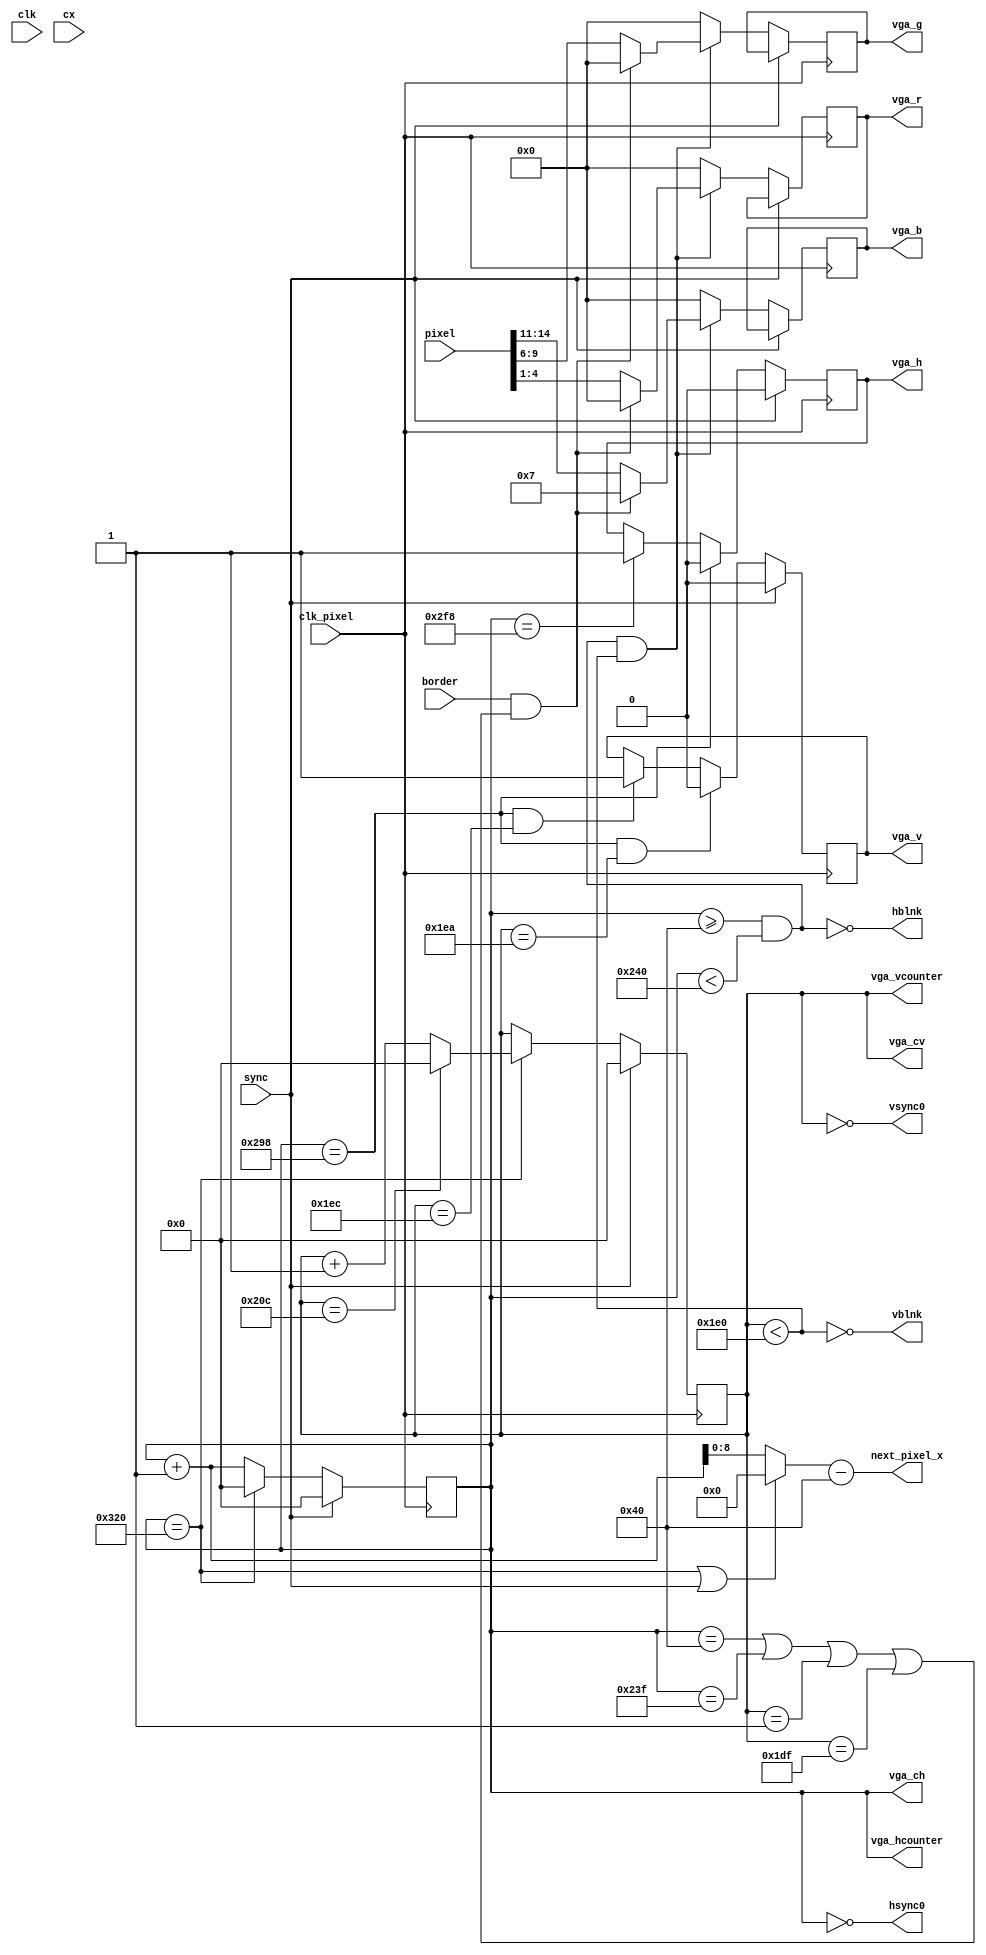
module VgaDriver(input clk, input clk_pixel,
                 input [9:0] cx,
                 output reg [9:0] vga_ch, vga_cv,
                 output reg vga_h, output reg vga_v,
                 output reg [3:0] vga_r, output reg[3:0] vga_g, output reg[3:0] vga_b,
                 output [9:0] vga_hcounter,
                 output [9:0] vga_vcounter,
                 output [9:0] next_pixel_x, // The pixel we need NEXT cycle.
                 output hblnk, 
                 output vblnk,
                 input [14:0] pixel,        // Pixel for current cycle.
                 input sync,
                 output hsync0,vsync0,
                 input border);
parameter hoffset = 64;
// Horizontal and vertical counters
assign hsync0 = vga_ch==0;
assign vsync0 = vga_cv==0;
reg [9:0] vga_cv;
wire hpicture = (vga_ch>=hoffset) && (vga_ch < 512+hoffset);  // 512 lines of picture
wire hblnk = ~hpicture;
wire hsync_on  = (vga_ch == 512 + 128 + 24);       // HSync ON, 128+24 pixels front porch
wire hsync_off = (vga_ch == 512 + 128 + 24 + 96);  // Hsync off, 96 pixels sync
wire hend = (vga_ch == 800);                       // End of line, 800 pixels.

wire vpicture = (vga_cv < 480);                    // 480 lines of picture
wire vsync_on  = hsync_on && (vga_cv == 480 + 10); // Vsync ON, 10 lines front porch.
wire vsync_off = hsync_on && (vga_cv == 480 + 12); // Vsync OFF, 2 lines sync signal
wire vend = (vga_cv == 525-1);                       // End of picture, 524 lines. (Should really be 525 according to NTSC spec)
wire inpicture = hpicture && vpicture;
wire vblnk = ~vpicture; 
assign vga_hcounter = vga_ch;
assign vga_vcounter = vga_cv;
wire [9:0] new_h = (hend || sync) ? 0 : vga_ch + 1;
assign next_pixel_x = {sync ? 1'b0 : hend ? !vga_cv[0] : vga_cv[0], new_h[8:0] - hoffset};

//reg  vga_ch, vga_cv;
always @(posedge clk_pixel) begin
  if (sync) begin
    vga_ch <= 0; vga_h <= 0;
    vga_cv <= 0; vga_v <= 0;
  end else begin
    vga_ch <= hend ? 0 : vga_ch + 1;
    if (hend) vga_cv <= vend ? 0 : vga_cv + 1;
    vga_h <= hsync_on ? 0 : hsync_off ? 1 : vga_h;
    vga_v <= vsync_on ? 0 : vsync_off ? 1 : vga_v;
    vga_r <= pixel[4:1]; vga_g <= pixel[9:6]; vga_b <= pixel[14:11];
    if (border && (vga_ch == 0+hoffset || vga_ch == 511+hoffset || vga_cv == 1 || vga_cv == 479)) begin
      vga_r <= 4'b0000; vga_g <= 4'b0000;  vga_b <= 4'b0111;
    end
    if (!inpicture) begin
      vga_r <= 4'b0000; vga_g <= 4'b0000; vga_b <= 4'b0000;
    end
  end
end
endmodule